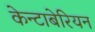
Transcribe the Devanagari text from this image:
केन्टाबेरियन